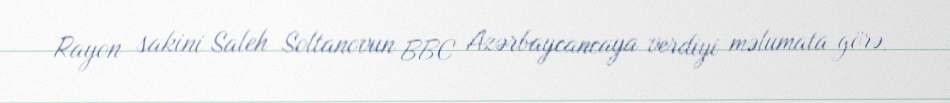
Rayon sakini Saleh Soltanovun BBC Azərbaycancaya verdiyi məlumata görə,